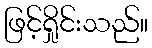
ဖြင့်ရှိုင်းသည်။